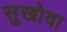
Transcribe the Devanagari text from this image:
सुखोवा